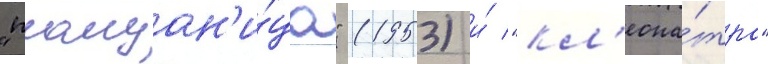
"плащан'и́ца" (1953) и́ "кл'еопа́тра"